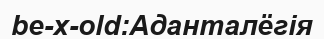
be-x-old:Аданталёгія